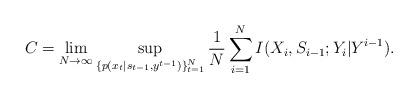
LaTeX: \begin{align*}C_{} &= \lim_{N\rightarrow \infty} \sup_{\{p(x_t|s_{t-1},y^{t-1})\}_{t=1}^N} \frac{1}{N} \sum_{i=1}^N I(X_i,S_{i-1};Y_i|Y^{i-1}).\end{align*}